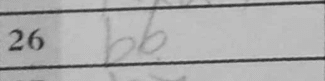
Transcription: b6